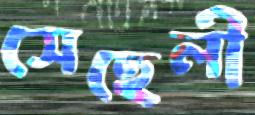
সেহেলী